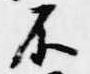
不